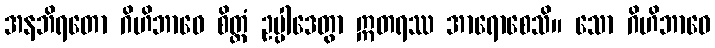
အနဘိရတော ဂိဟိဘာဝေ စိတ္တံ ဥပ္ပါဒေတွာ ဣတရဿ အာရောစေသိ။ သော ဂိဟိဘာဝေ